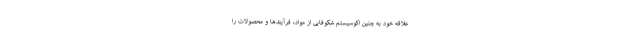
علاقه خود به چنین اکوسیستم شکوفایی از مواد، فرآیندها و محصولات را